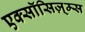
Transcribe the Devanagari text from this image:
एक्सॉसिज़्म्स